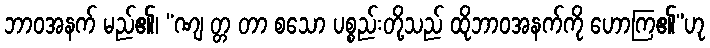
ဘာဝအနက် မည်၏၊ “ဏျ တ္တ တာ စသော ပစ္စည်းတို့သည် ထိုဘာဝအနက်ကို ဟောကြ၏”ဟု